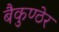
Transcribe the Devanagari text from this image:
बैकुण्ठेर